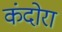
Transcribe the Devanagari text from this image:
कंदोरा